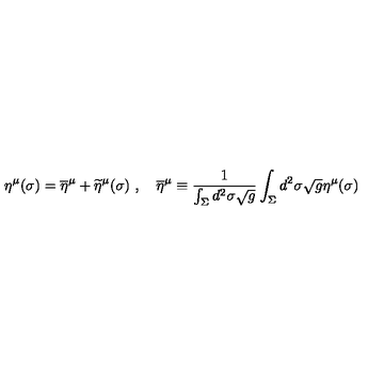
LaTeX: \eta ^ { \mu } ( \sigma ) = \overline { \eta } ^ { \mu } + \widetilde \eta ^ { \mu } ( \sigma ) \ , \quad \overline { \eta } ^ { \mu } \equiv { \frac { 1 } { \int _ { \Sigma } d ^ { 2 } \sigma \sqrt g } } \int _ { \Sigma } d ^ { 2 } \sigma \sqrt g \eta ^ { \mu } ( \sigma )